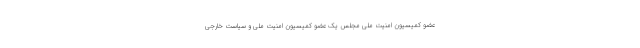
عضو کمیسیون امنیت ملی مجلس یک عضو کمیسیون امنیت ملی و سیاست خارجی